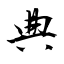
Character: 典